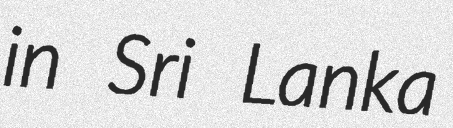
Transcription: in Sri Lanka